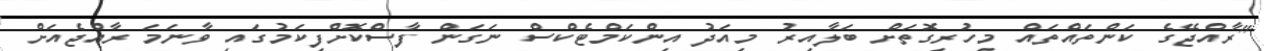
"ރާއްޖޭގެ ކަންތައްތައް މިހުރިގޮތަށް ބަލާއިރު މިއަދު އިންކަމްޓެކްސް ނަގަން ފާސްކޮށްފިކަމުގައި ވާނަމަ ރާއްޖެއަށް